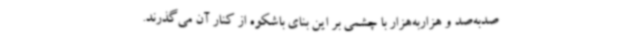
صدبه‌صد و هزاربه‌هزار با چشمی بر این بنای باشکوه از کنار آن می‌گذرند.